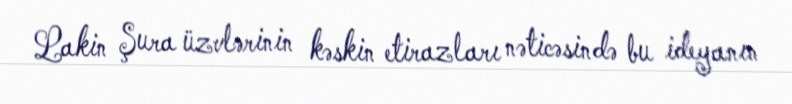
Lakin Şura üzvlərinin kəskin etirazları nəticəsində bu ideyanın